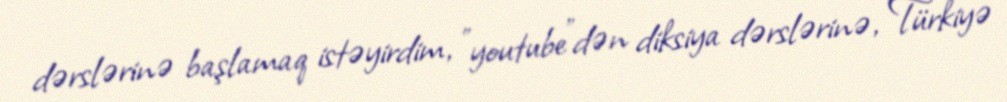
dərslərinə başlamaq istəyirdim, ”youtube"dən diksiya dərslərinə, Türkiyə